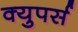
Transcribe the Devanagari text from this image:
क्युपर्स